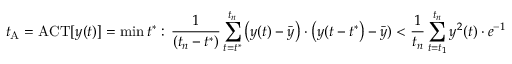
t _ { \mathrm { A } } = \mathrm { A C T } [ y ( t ) ] = \mathrm { m i n } \, t ^ { \ast } : \, \frac { 1 } { ( t _ { n } - t ^ { \ast } ) } \sum _ { t = t ^ { \ast } } ^ { t _ { n } } \left( y ( t ) - \bar { y } \right) \cdot \left( y ( t - t ^ { \ast } \right) - \bar { y } ) < \frac { 1 } { t _ { n } } \sum _ { t = t _ { 1 } } ^ { t _ { n } } y ^ { 2 } ( t ) \cdot e ^ { - 1 }